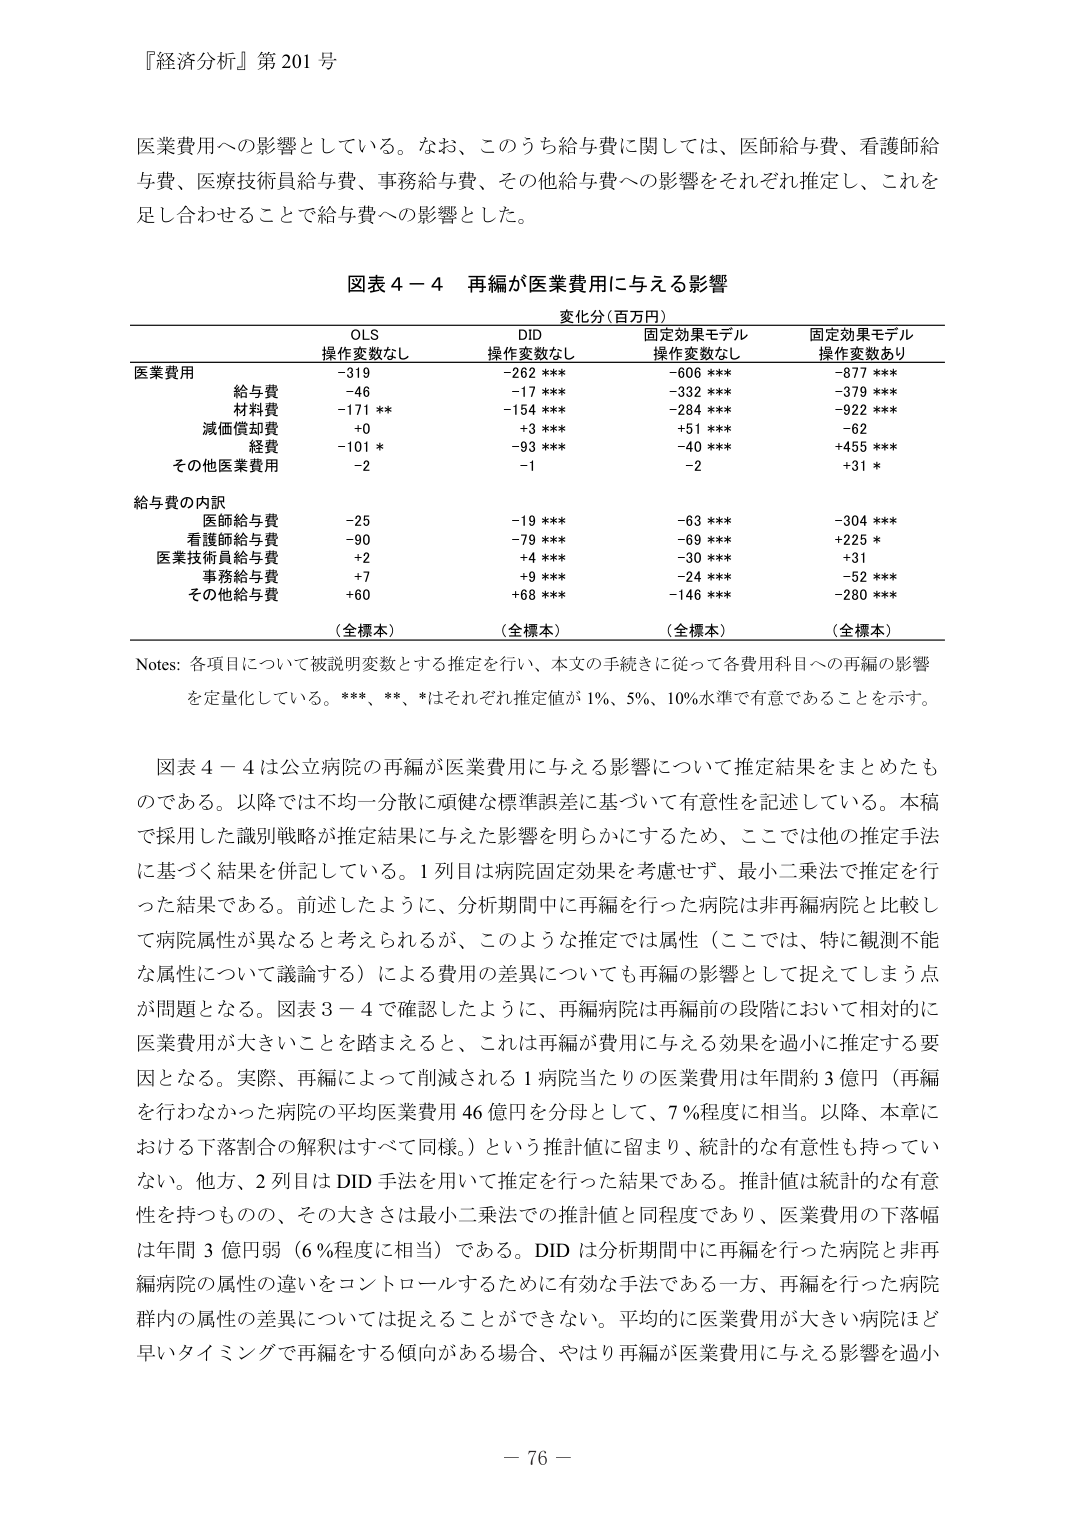
『経済分析』第201号

医業費用への影響としている。なお、このうち給与費に関しては、医師給与費、看護師給与費、医療技術員給与費、事務給与費、その他給与費への影響をそれぞれ推定し、これを足し合わせることで給与費への影響とした。

図表４－４ 再編が医業費用に与える影響
変化分（百万円）

OLS　　　　　　　　DID　　　　　　　　固定効果モデル　　　　固定効果モデル
操作変数なし　　　操作変数なし　　　操作変数なし　　　操作変数あり

医業費用　　　　　-319　　　　　　　-262 ***　　　　　-606 ***　　　　　-877 ***
　　　　　　　　　給与費　　　　　　-46　　　　　　　　-17 ***　　　　　　-332 ***　　　　　-379 ***
　　　　　　　　　材料費　　　　　　-171 **　　　　　　-154 ***　　　　　-284 ***　　　　　-922 ***
　　　　　　　　　減価償却費　　　　+0　　　　　　　　　+3 ***　　　　　　+51 ***　　　　　　-62
　　　　　　　　　経費　　　　　　　-101 *　　　　　　-93 ***　　　　　　-40 ***　　　　　　+455 ***
　　　　　　　　　その他医業費用　　-2　　　　　　　　　-1　　　　　　　　　-2　　　　　　　　+31 *

給与費の内訳
　　　　　　　　　医師給与費　　　　-25　　　　　　　　-19 ***　　　　　　-63 ***　　　　　　-304 ***
　　　　　　　　　看護師給与費　　　-90　　　　　　　　-79 ***　　　　　　-69 ***　　　　　　+225 *
　　　　　　　　　医業技術員給与費　+2　　　　　　　　　+4 ***　　　　　　-30 ***　　　　　　+31
　　　　　　　　　事務給与費　　　　+7　　　　　　　　　+9 ***　　　　　　-24 ***　　　　　　-52 ***
　　　　　　　　　その他給与費　　　+60　　　　　　　　+68 ***　　　　　　-146 ***　　　　　-280 ***

（全標本）　　　　（全標本）　　　　（全標本）　　　　（全標本）

Notes: 各項目について被説明変数とする推定を行い、本文の手続きに従って各費用科目への再編の影響を定量化している。***、**、*はそれぞれ推定値が1%、5%、10%水準で有意であることを示す。

図表４－４は公立病院の再編が医業費用に与える影響について推定結果をまとめたものである。以降では不均一分散に頑健な標準誤差に基づいて有意性を記述している。本稿で採用した識別戦略が推定結果に与えた影響を明らかにするため、ここでは他の推定手法に基づく結果を併記している。1列目は病院固定効果を考慮せず、最小二乗法で推定を行った結果である。前述したように、分析期間中に再編を行った病院は非再編病院と比較して病院属性が異なると考えられるが、このような推定では属性（ここでは、特に観測不能な属性について議論する）による費用の差異についても再編の影響として捉えてしまう点が問題となる。図表３－４で確認したように、再編病院は再編前の段階において相対的に医業費用が大きいことを踏まえると、これは再編が費用に与える効果を過小に推定する要因となる。実際、再編によって削減される1病院当たりの医業費用は年間約3億円（再編を行わなかった病院の平均医業費用46億円を分母として、7％程度に相当。以降、本章における下落割合の解釈はすべて同様。）という推計値に留まり、統計的な有意性も持っていない。他方、2列目はDID手法を用いて推定を行った結果である。推計値は統計的な有意性を持つものの、その大きさは最小二乗法での推計値と同程度であり、医業費用の下落幅は年間3億円弱（6％程度に相当）である。DIDは分析期間中に再編を行った病院と非再編病院の属性の違いをコントロールするために有効な手法である一方、再編を行った病院群内の属性の差異については捉えることができない。平均的に医業費用が大きい病院ほど早いタイミングで再編をする傾向がある場合、やはり再編が医業費用に与える影響を過小

－76－